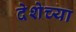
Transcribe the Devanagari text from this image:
देशेच्या